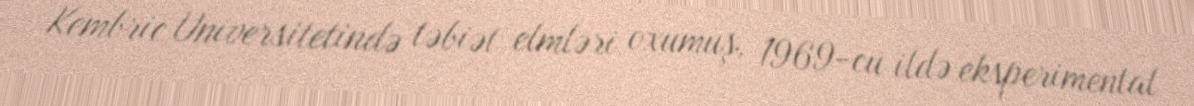
Kembric Universitetində təbiət elmləri oxumuş, 1969-cu ildə eksperimental